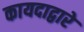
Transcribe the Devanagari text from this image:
कायदाद्वारे